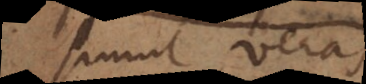
simul veras,